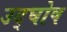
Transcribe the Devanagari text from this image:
उद्‌घोष